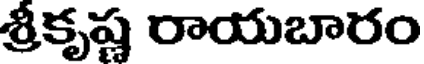
శ్రీకృష్ణ రాయబారం